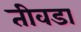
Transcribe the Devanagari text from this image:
तीवडा